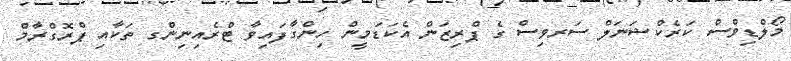
މޯލްޑިވްސް ކަރެކްޝަނަލް ސަރވިސް ގެ ޕްރިޒަން އެކަޑަމީން ހިންގާފައިވާ ޓްރެއިނިންގ ތަކާއި ޕްރޮގްރާމް